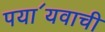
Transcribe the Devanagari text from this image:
पया॔यवाची